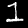
Label: 1